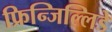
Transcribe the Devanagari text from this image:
फ्रिन्जिल्लिडे